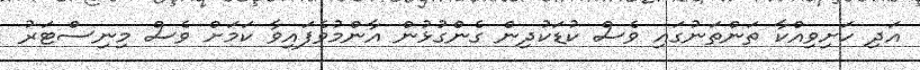
އަދި ހަށިވިއްކާ ތަންތަނުގައި ވެސް ކުޑަކުދިން ގެންގުޅުން އާންމުވެފައިވާ ކަމަށް ވެސް މިނިސްޓަރު